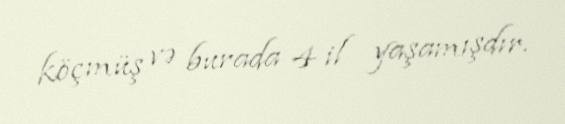
köçmüş və burada 4 il yaşamışdır.